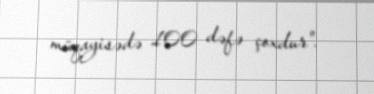
müqayisədə 100 dəfə çoxdur".